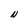
Character: N